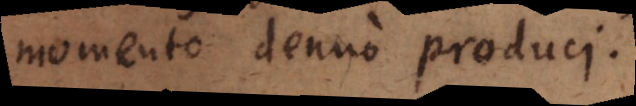
momento denuo produci.